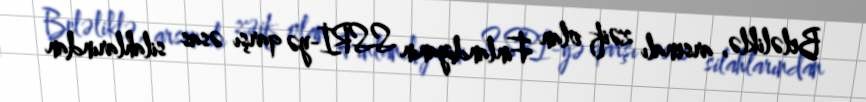
Beləliklə, arsenalı zəif olan Finlandiyanın SSRİ-yə qarşı əsas silahlarından